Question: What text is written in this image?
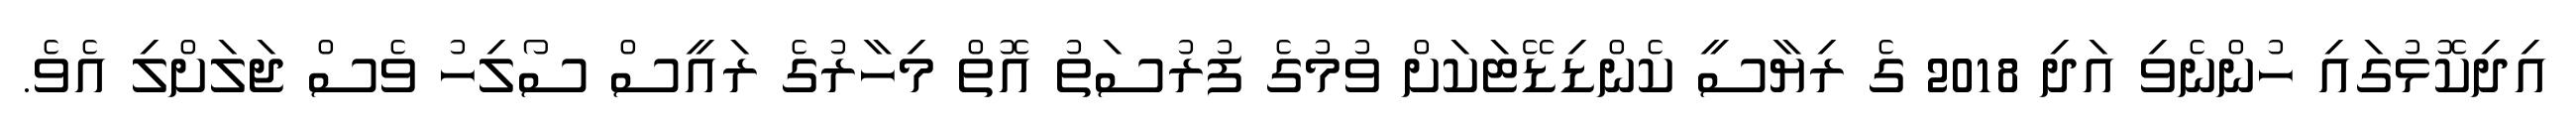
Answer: އިދިކޮޅުގައި ހުންނެވި އަދި 2018 ގެ ރިޔާސީ ކެންޑިޑޭޓަކަށް ވުމުގެ ފުރުސަތު އޮތް މިހާރުގެ ރައީސް ސޯލިހު ވެސް ޖަލަށްލި އެވެ.